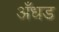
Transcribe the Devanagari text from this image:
अँधड